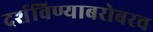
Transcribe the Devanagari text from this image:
दर्शविण्याबरोबरच